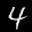
Label: 4